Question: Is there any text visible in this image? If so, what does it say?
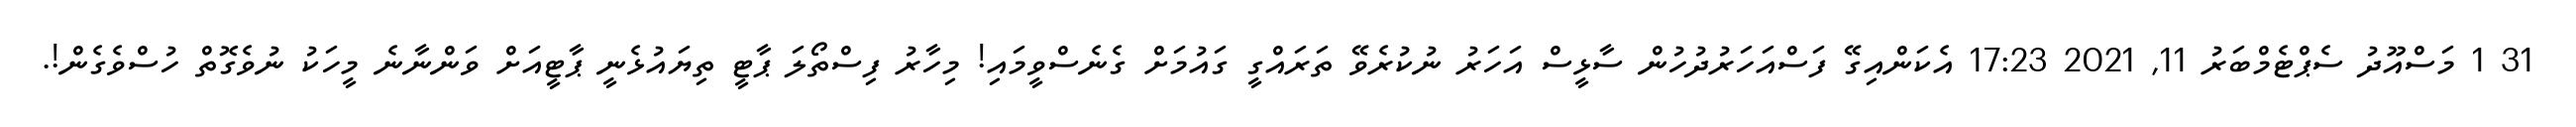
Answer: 31 1 މަސްއޫދު ސެޕްޓެމްބަރު 11, 2021 17:23 އެކަންއިގޭ ފަސްއަހަރުދުހުން ސާޅީސް އަހަރު ނުކުރެވޭ ތަރައްގީ ގައުމަށް ގެނެސްވީމައި! މިހާރު ފިސްތޯލަ ޕާޓީ ތިޔައުޅެނީ ޕާޓީއަށް ވަންނާނެ މީހަކު ނުވެގޮތް ހުސްވެގެން!.